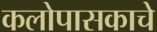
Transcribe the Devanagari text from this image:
कलोपासकाचे